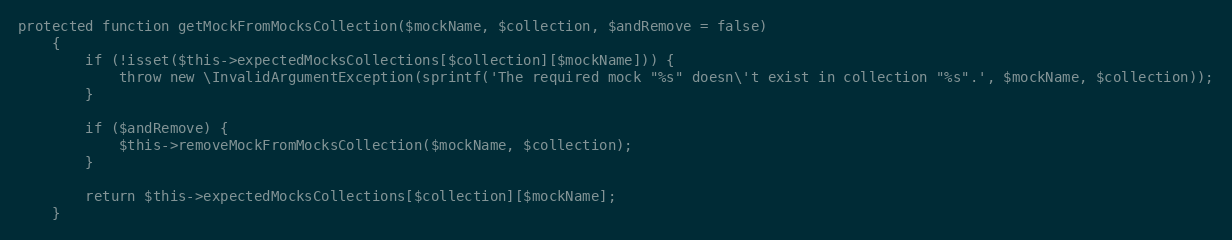
Language: PHP
protected function getMockFromMocksCollection($mockName, $collection, $andRemove = false)
    {
        if (!isset($this->expectedMocksCollections[$collection][$mockName])) {
            throw new \InvalidArgumentException(sprintf('The required mock "%s" doesn\'t exist in collection "%s".', $mockName, $collection));
        }

        if ($andRemove) {
            $this->removeMockFromMocksCollection($mockName, $collection);
        }

        return $this->expectedMocksCollections[$collection][$mockName];
    }